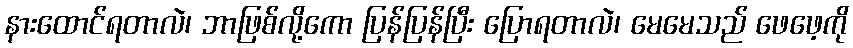
နားထောင်ရတာလဲ၊ ဘာဖြစ်လို့ကော ပြန်ပြန်ပြီး ပြောရတာလဲ၊ မေမေသည် ဖေဖေ့ကို